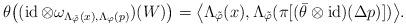
LaTeX: \begin{align*}\theta\bigl((\operatorname{id}\otimes\omega_{\Lambda_{\tilde{\varphi}}(x),\Lambda_{\varphi}(p)})(W)\bigr)=\bigl\langle\Lambda_{\tilde{\varphi}}(x),\Lambda_{\tilde{\varphi}}(\pi[(\bar{\theta}\otimes\operatorname{id})(\Delta p)])\bigr\rangle.\end{align*}